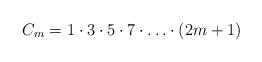
LaTeX: \begin{align*} C_m = 1\cdot 3\cdot 5 \cdot 7 \cdot \ldots \cdot (2m+1)\end{align*}